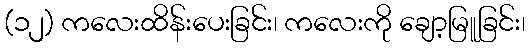
(၁၂) ကလေးထိန်းပေးခြင်း၊ ကလေးကို ချော့မြူခြင်း၊